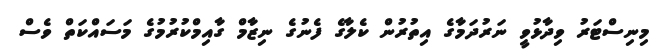
މިނިސްޓަރު ވިދާޅުވީ ނަރުދަމާގެ އިތުރުން ކެލާގެ ފެނުގެ ނިޒާމް ގާއިމްކުރުމުގެ މަސައްކަތް ވެސް